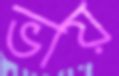
ভায়